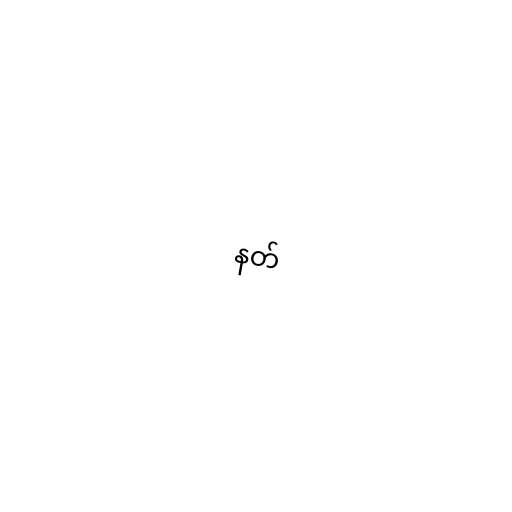
နတ်